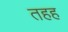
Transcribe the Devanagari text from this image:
तहह